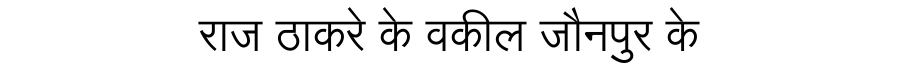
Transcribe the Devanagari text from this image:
राज ठाकरे के वकील जौनपुर के